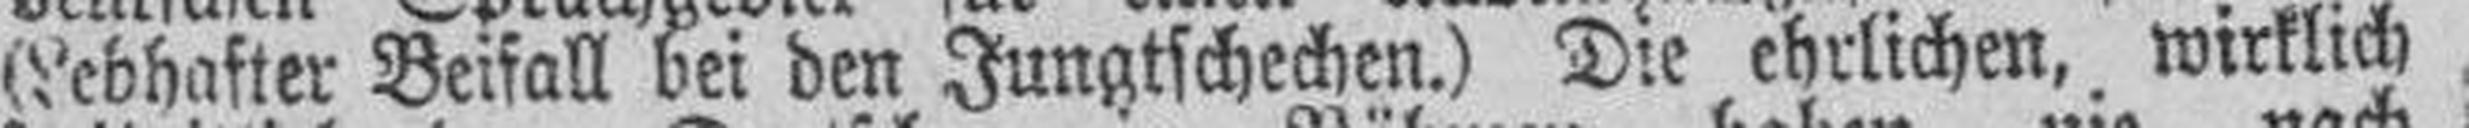
(Lebhafter Beifall bei den Jungtschechen.) Die ehrlichen, wirklich